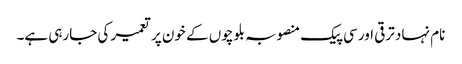
نام نہاد ترقی اور سی پیک منصوبہ بلوچوں کے خون پر تعمیر کی جارہی ہے۔